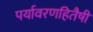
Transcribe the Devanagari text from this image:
पर्यावरणहितैषी